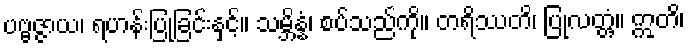
ပဗ္ဗဇ္ဇာယ၊ ရဟန်းပြုခြင်းနှင့်။ သမ္ဘိန္နံ၊ စပ်သည်ကို။ တရိဿတိ၊ ပြုလတ္တံ့။ ဣတိ၊